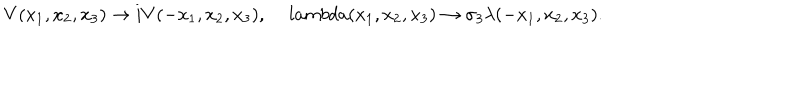
LaTeX: V ( x _ { 1 } , x _ { 2 } , x _ { 3 } ) \rightarrow i V ( - x _ { 1 } , x _ { 2 } , x _ { 3 } ) , \, l a m b d a ( x _ { 1 } , x _ { 2 } , x _ { 3 } ) \rightarrow \sigma _ { 3 } \lambda ( - x _ { 1 } , x _ { 2 } , x _ { 3 } ) .